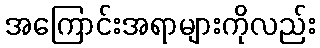
အကြောင်းအရာများကိုလည်း